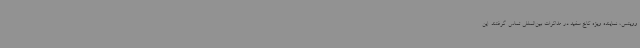
وویتس، نماینده ویژه کاخ سفید در مذاکرات بین‌المللی تماس گرفتند. این